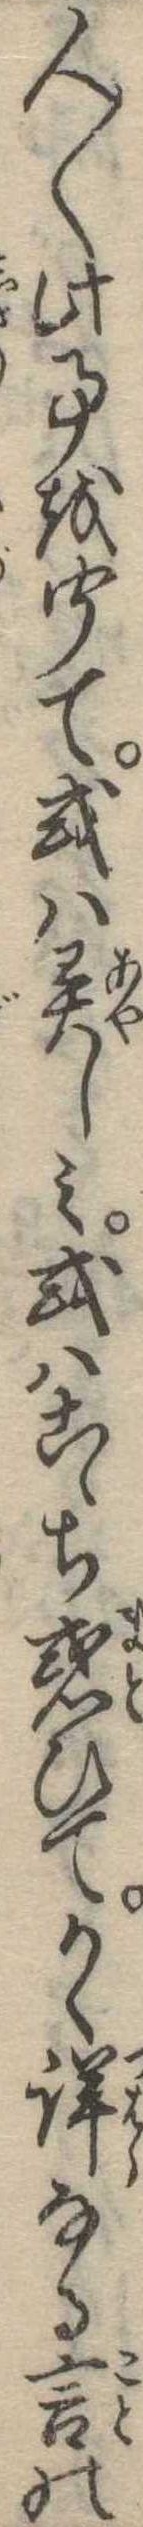
人〱此事を聞て或は異しみ或はこゝち惑ひてかく詳なる言の